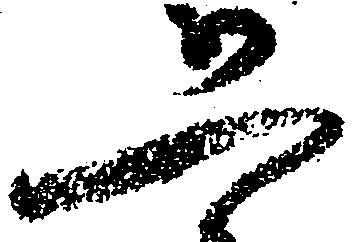
恐